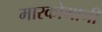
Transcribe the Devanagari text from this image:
मारकोमानी